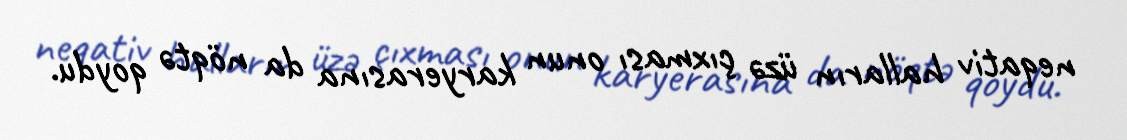
neqativ halların üzə çıxması onun karyerasına da nöqtə qoydu.